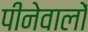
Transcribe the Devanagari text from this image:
पीनेवालों